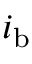
i _ { \mathrm { b } }